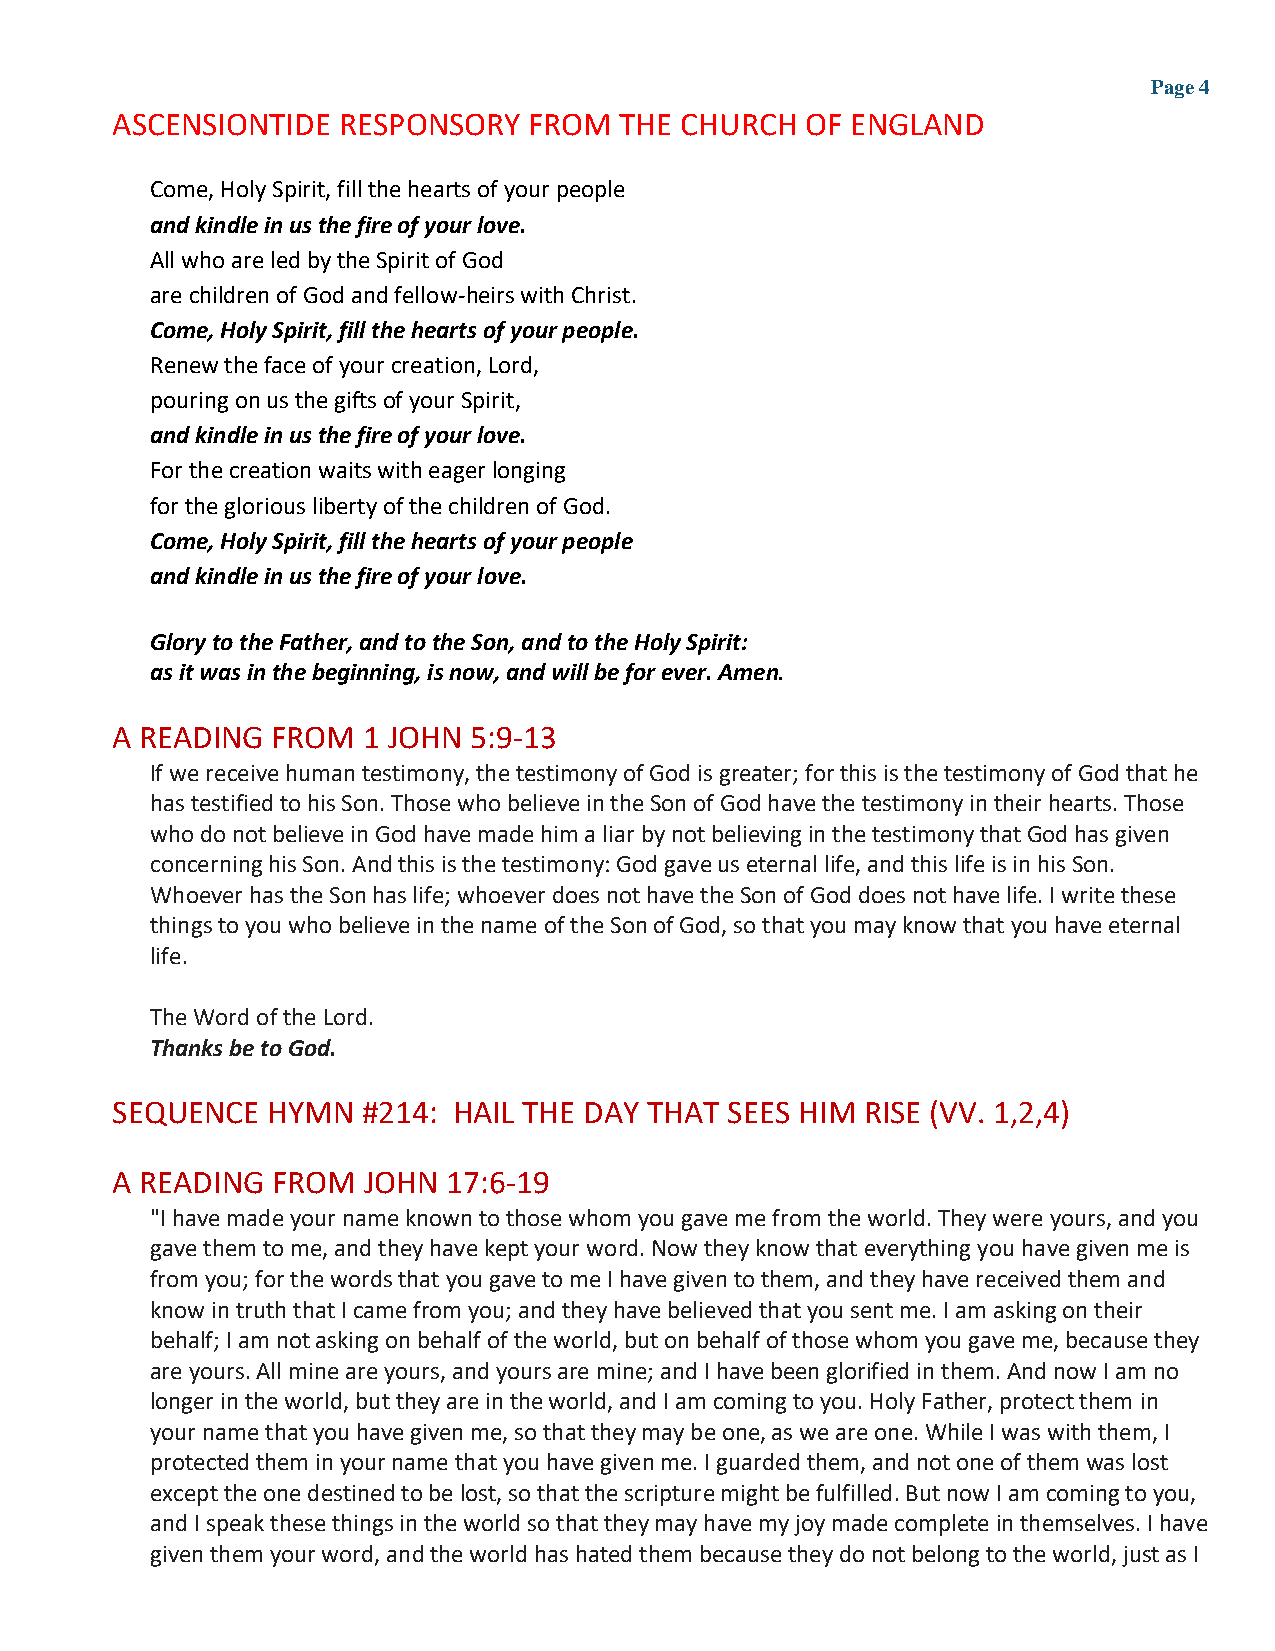
Page 4
 ASCENSIONTIDE  RESPONSORY   FROM  THE CHURCH  OF ENGLAND
 Come, Holy Spirit, fill the hearts of your people
 and kindle in us the fire of your love.
 All who are led by the Spirit of God
 are children of God and fellow-heirs with Christ.
 Come, Holy Spirit, fill the hearts of your people.
 Renew the face of your creation, Lord,
 pouring on us the gifts of your Spirit,
 and kindle in us the fire of your love.
 For the creation waits with eager longing
 for the glorious liberty of the children of God.
 Come, Holy Spirit, fill the hearts of your people
 and kindle in us the fire of your love.
 Glory to the Father, and to the Son, and to the Holy Spirit:
 as it was in the beginning, is now, and will be for ever. Amen.
 A READING  FROM  1 JOHN 5:9-13
 If we receive human testimony, the testimony of God is greater; for this is the testimony of God that he
 has testified to his Son. Those who believe in the Son of God have the testimony in their hearts. Those
 who do not believe in God have made him a liar by not believing in the testimony that God has given
 concerning his Son. And this is the testimony: God gave us eternal life, and this life is in his Son.
 Whoever has the Son has life; whoever does not have the Son of God does not have life. I write these
 things to you who believe in the name of the Son of God, so that you may know that you have eternal
 life.
 The Word of the Lord.
 Thanks be to God.
 SEQUENCE   HYMN  #214: HAIL THE DAY THAT SEES HIM RISE (VV. 1,2,4)
 A READING  FROM  JOHN  17:6-19
 "I have made your name known to those whom you gave me from the world. They were yours, and you
 gave them to me, and they have kept your word. Now they know that everything you have given me is
 from you; for the words that you gave to me I have given to them, and they have received them and
 know in truth that I came from you; and they have believed that you sent me. I am asking on their
 behalf; I am not asking on behalf of the world, but on behalf of those whom you gave me, because they
 are yours. All mine are yours, and yours are mine; and I have been glorified in them. And now I am no
 longer in the world, but they are in the world, and I am coming to you. Holy Father, protect them in
 your name that you have given me, so that they may be one, as we are one. While I was with them, I
 protected them in your name that you have given me. I guarded them, and not one of them was lost
 except the one destined to be lost, so that the scripture might be fulfilled. But now I am coming to you,
 and I speak these things in the world so that they may have my joy made complete in themselves. I have
 given them your word, and the world has hated them because they do not belong to the world, just as I